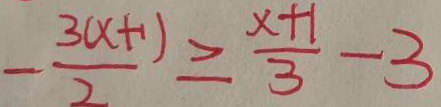
- \frac { 3 ( x + 1 ) } { 2 } \geq \frac { x + 1 } { 3 } - 3